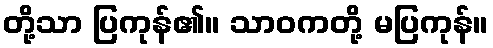
တို့သာ ပြကုန်၏။ သာဝကတို့ မပြကုန်။